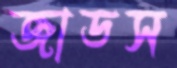
জাডস